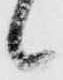
候